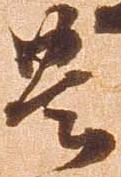
豊